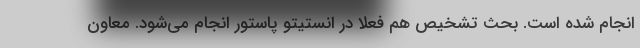
انجام شده است. بحث تشخیص هم فعلا در انستیتو پاستور انجام می‌شود. معاون